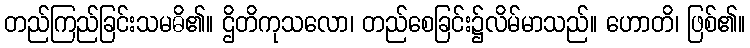
တည်ကြည်ခြင်းသမဓိ၏။ ဌိတိကုသလော၊ တည်စေခြင်း၌လိမ်မာသည်။ ဟောတိ၊ ဖြစ်၏။